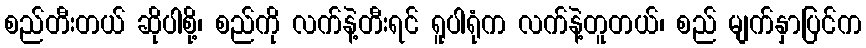
စည်တီးတယ် ဆိုပါစို့၊ စည်ကို လက်နဲ့တီးရင် ရူပါရုံက လက်နဲ့တူတယ်၊ စည် မျက်နှာပြင်က